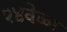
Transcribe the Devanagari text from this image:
१४वेळा